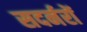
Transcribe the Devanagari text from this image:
सदर्नरों